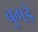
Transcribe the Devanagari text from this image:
बुगडे